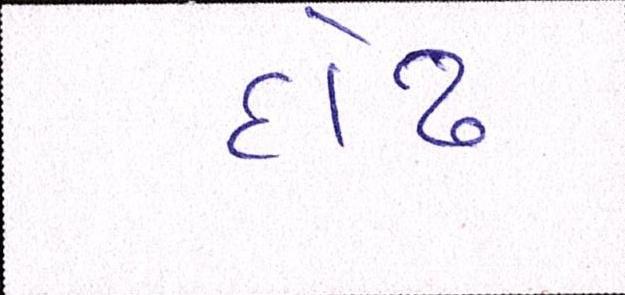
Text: દોઢ